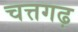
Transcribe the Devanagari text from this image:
चत्तगढ़